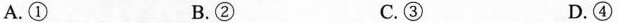
A.① B.② C.③ D.④